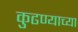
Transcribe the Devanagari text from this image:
कुढण्याच्या